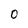
Character: 0